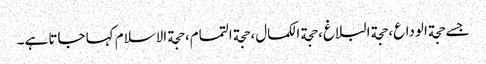
جسے حجة الوداع، حجة البلاغ، حجة الکمال، حجة التمام، حجة الاسلام کہا جاتا ہے۔